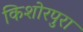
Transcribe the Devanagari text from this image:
किशोरपुरा